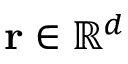
\mathbf { r } \in \mathbb { R } ^ { d }